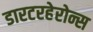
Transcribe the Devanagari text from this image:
डारटरहेरोन्स